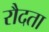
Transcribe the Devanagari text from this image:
रौदता